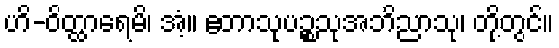
ဟိ-ဝိတ္ထာရေမိ၊ အံ့။ ဧတာသုပဉ္စသုအဘိညာသု၊ တို့တွင်။